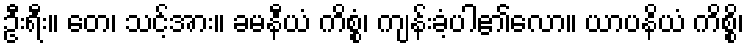
ဦးရီး။ တေ၊ သင့်အား။ ခမနီယံ ကိစ္စံ၊ ကျန်းခံ့ပါ၏လော။ ယာပနိယံ ကိစ္စိ၊